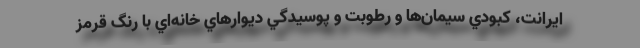
ايرانت، كبودي سيمان‌ها و رطوبت و پوسيدگي ديوارهاي خانه‌اي با رنگ قرمز